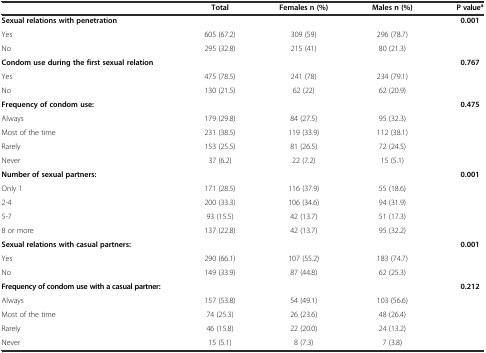
<table><thead><tr><td></td><td><b>Total</b></td><td><b>Females n (%)</b></td><td><b>Males n (%)</b></td><td><b>P value<sup>a</sup></b></td></tr></thead><tbody><tr><td><b>Sexual relations with penetration</b></td><td></td><td></td><td></td><td rowspan="3"><b>0.001</b></td></tr><tr><td>Yes</td><td>605 (67.2)</td><td>309 (59)</td><td>296 (78.7)</td></tr><tr><td>No</td><td>295 (32.8)</td><td>215 (41)</td><td>80 (21.3)</td></tr><tr><td><b>Condom use during the first sexual relation</b></td><td></td><td></td><td></td><td rowspan="3"><b>0.767</b></td></tr><tr><td>Yes</td><td>475 (78.5)</td><td>241 (78)</td><td>234 (79.1)</td></tr><tr><td>No</td><td>130 (21.5)</td><td>62 (22)</td><td>62 (20.9)</td></tr><tr><td><b>Frequency of condom use:</b></td><td></td><td></td><td></td><td rowspan="5"><b>0.475</b></td></tr><tr><td>Always</td><td>179 (29.8)</td><td>84 (27.5)</td><td>95 (32.3)</td></tr><tr><td>Most of the time</td><td>231 (38.5)</td><td>119 (33.9)</td><td>112 (38.1)</td></tr><tr><td>Rarely</td><td>153 (25.5)</td><td>81 (26.5)</td><td>72 (24.5)</td></tr><tr><td>Never</td><td>37 (6.2)</td><td>22 (7.2)</td><td>15 (5.1)</td></tr><tr><td><b>Number of sexual partners:</b></td><td></td><td></td><td></td><td rowspan="5"><b>0.001</b></td></tr><tr><td>Only 1</td><td>171 (28.5)</td><td>116 (37.9)</td><td>55 (18.6)</td></tr><tr><td>2-4</td><td>200 (33.3)</td><td>106 (34.6)</td><td>94 (31.9)</td></tr><tr><td>5-7</td><td>93 (15.5)</td><td>42 (13.7)</td><td>51 (17.3)</td></tr><tr><td>8 or more</td><td>137 (22.8)</td><td>42 (13.7)</td><td>95 (32.2)</td></tr><tr><td><b>Sexual relations with casual partners:</b></td><td></td><td></td><td></td><td rowspan="3"><b>0.001</b></td></tr><tr><td>Yes</td><td>290 (66.1)</td><td>107 (55.2)</td><td>183 (74.7)</td></tr><tr><td>No</td><td>149 (33.9)</td><td>87 (44.8)</td><td>62 (25.3)</td></tr><tr><td><b>Frequency of condom use with a casual partner:</b></td><td></td><td></td><td></td><td rowspan="5"><b>0.212</b></td></tr><tr><td>Always</td><td>157 (53.8)</td><td>54 (49.1)</td><td>103 (56.6)</td></tr><tr><td>Most of the time</td><td>74 (25.3)</td><td>26 (23.6)</td><td>48 (26.4)</td></tr><tr><td>Rarely</td><td>46 (15.8)</td><td>22 (20.0)</td><td>24 (13.2)</td></tr><tr><td>Never</td><td>15 (5.1)</td><td>8 (7.3)</td><td>7 (3.8)</td></tr></tbody></table>